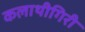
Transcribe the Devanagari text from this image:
कलाथीगिरी